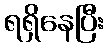
ရရှိနေပြီး